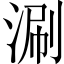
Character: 涮